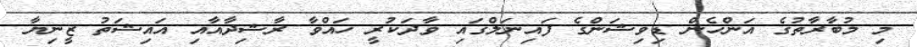
މި މުބާރާތުގެ އަންހެން ޑިވިޝަންގެ ފައިނަލްގައި ވާދަކުރީ ހައްވާ ރާޝިދާއާއި އައިޝަތު ޒީނިޔާ